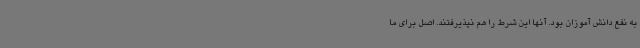
به نفع دانش آموزان بود. آنها این شرط را هم نپذیرفتند. اصل برای ما